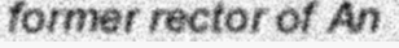
former rector of An